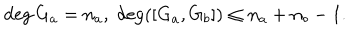
\deg G _ { a } = n _ { a } , \; \deg ( [ G _ { a } , G _ { b } ] ) \leq n _ { a } + n _ { b } - 1 .